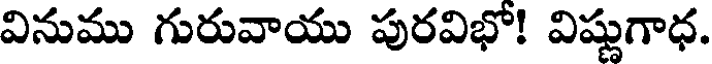
వినుము గురువాయు పురవిభో! విష్ణుగాధ.